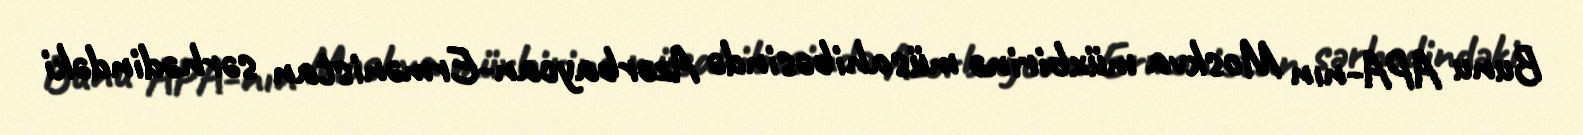
Bunu APA-nın Moskva müxbirinə müsahibəsində Azərbaycan-Ermənistan sərhədindəki